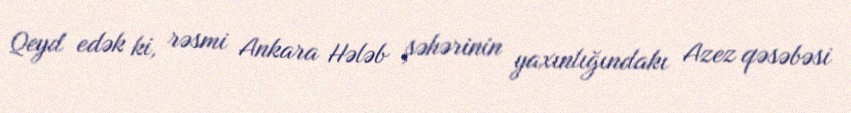
Qeyd edək ki, rəsmi Ankara Hələb şəhərinin yaxınlığındakı Azez qəsəbəsi